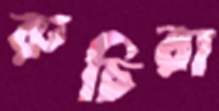
রুচিরা